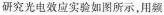
研究光电效应实验如图所示，用频